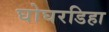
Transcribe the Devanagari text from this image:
घोघरडिहा